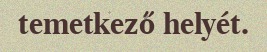
temetkező helyét.